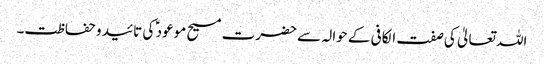
اللہ تعالیٰ کی صفت الکافی کے حوالہ سے حضرت مسیح موعود ؑ کی تائید و حفاظت۔